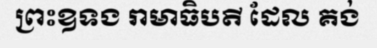
ព្រះឧទង រាមាធិបតី ដែល គង់